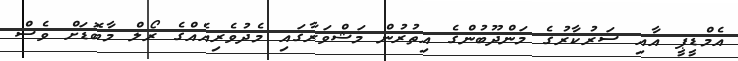
އެމްޑީޕީ އާއި ސަރުކާރުގެ މަންދޫބުންގެ އިތުރުން މަޝްވަރާގައި މެދުވެރިއެއްގެ ރޯލް މާބޮޑަށް ވެސް